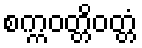
စက္ကဝတ္တိဝတ္တံ